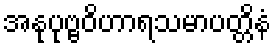
အနုပုဗ္ဗဝိဟာရသမာပတ္တိနံ